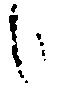
候